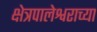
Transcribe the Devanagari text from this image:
क्षेत्रपालेश्वराच्या